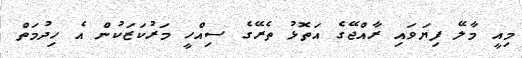
މިއީ މާލޭ ފިޔަވައި ރާއްޖޭގެ އަތޮޅު ތެރޭގެ ސިއްހީ މަރުކަޒަކުން އެ ހިދުމަތް